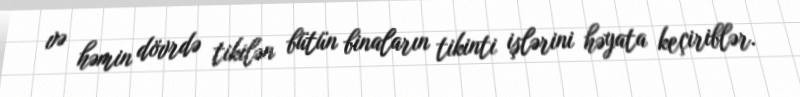
və həmin dövrdə tikilən bütün binaların tikinti işlərini həyata keçiriblər.